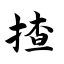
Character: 揸